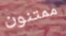
ممتنون